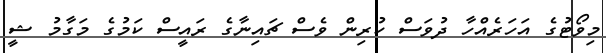
މިވޯޓުގެ އަހަރެއްހާ ދުވަސް ކުރިން ވެސް ޗައިނާގެ ރައީސް ކަމުގެ މަގާމު ޝީ